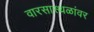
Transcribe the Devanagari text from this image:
वारसास्थळांवर